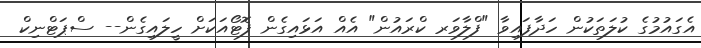
އެގައުމުގެ ކުލަތަކުން ހަދާފައިވާ "ފްލާވަރ ކްރައުން" އެއް އަޅައިގެން ފޮޓޯއަކަށް ހީލައިގެން-- ސްޕަޓްނިކް